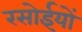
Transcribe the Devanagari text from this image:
रसोईयों